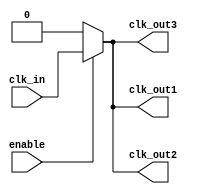
module BasicClockBuffer (
    input wire clk_in,          // Input clock signal
    input wire enable,          // Enable signal
    output wire clk_out1,       // First output clock
    output wire clk_out2,       // Second output clock
    output wire clk_out3        // Third output clock
);

// Internal signal for buffered clock
wire clk_buf;

// Buffering the input clock signal
assign clk_buf = clk_in;

// Driving output clocks based on enable signal
assign clk_out1 = enable ? clk_buf : 1'b0; // Output 1
assign clk_out2 = enable ? clk_buf : 1'b0; // Output 2
assign clk_out3 = enable ? clk_buf : 1'b0; // Output 3

endmodule